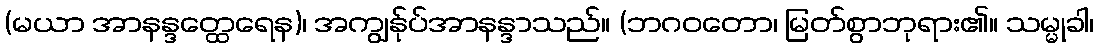
(မယာ အာနန္ဒတ္ထေရေန)၊ အကျွန်ုပ်အာနန္ဒာသည်။ (ဘဂဝတော၊ မြတ်စွာဘုရား၏။ သမ္မုခါ၊